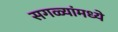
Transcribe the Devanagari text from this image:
सगळ्यांमध्ये